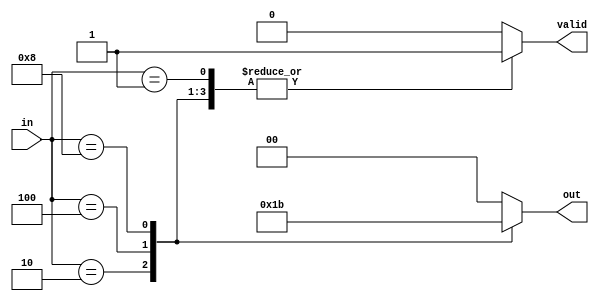
module multilevel_encoder (
    input wire [3:0] in,   // 4 input lines
    output reg [1:0] out,  // 2 output lines
    output reg valid       // Output valid signal
);

    always @(*) begin
        // Default values
        out = 2'b00; // Default output
        valid = 1'b0; // Default valid signal

        case (in)
            4'b0001: begin out = 2'b00; valid = 1'b1; end // Input 0 active
            4'b0010: begin out = 2'b01; valid = 1'b1; end // Input 1 active
            4'b0100: begin out = 2'b10; valid = 1'b1; end // Input 2 active
            4'b1000: begin out = 2'b11; valid = 1'b1; end // Input 3 active
            default: begin out = 2'b00; valid = 1'b0; end // Invalid state
        endcase
    end

endmodule